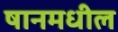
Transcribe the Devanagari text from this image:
षानमधील